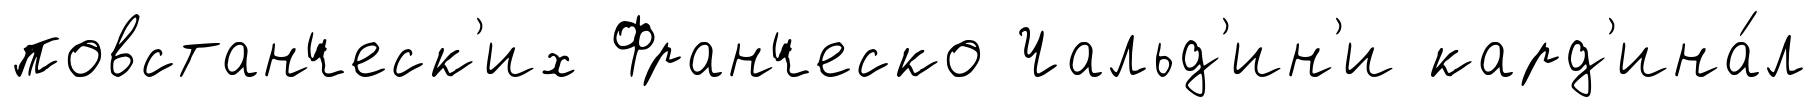
повстанческ'их Франческо Чальд'ин'и кард'ина́л